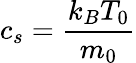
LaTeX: c_{s}=\frac{k_{B}T_{0}}{m_{0}}